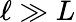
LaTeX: \ell\gg L